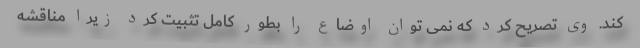
کند. وی تصریح کرد که نمی توان اوضاع را بطور کامل تثبیت کرد زیرا مناقشه